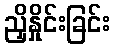
ညှိနှိုင်းခြင်း